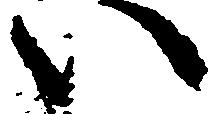
い